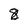
Character: 8